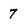
Character: 7